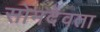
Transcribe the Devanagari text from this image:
सोमदेवता